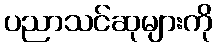
ပညာသင်ဆုများကို